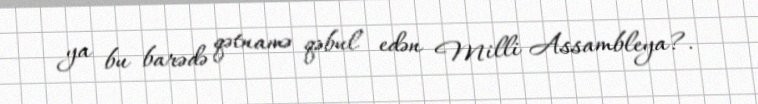
ya bu barədə qətnamə qəbul edən Milli Assambleya?.